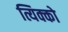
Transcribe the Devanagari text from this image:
त्यिक्को